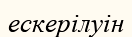
ескерілуін